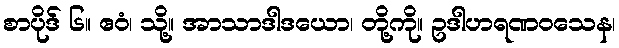
စာပိုဒ် ၆။ ဧဝံ၊ သို့။ အာသာဒါဒယော၊ တို့ကို။ ဥဒါဟရဏဝသေန၊